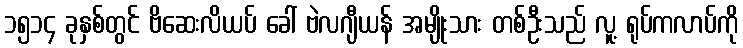
၁၅၁၄ ခုနှစ်တွင် ဗိဆေးလိယပ် ခေါ် ဗဲလဂျီယန် အမျိုးသား တစ်ဦးသည် လူ့ ရုပ်ကလာပ်ကို